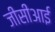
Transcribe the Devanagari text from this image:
जीसीआई